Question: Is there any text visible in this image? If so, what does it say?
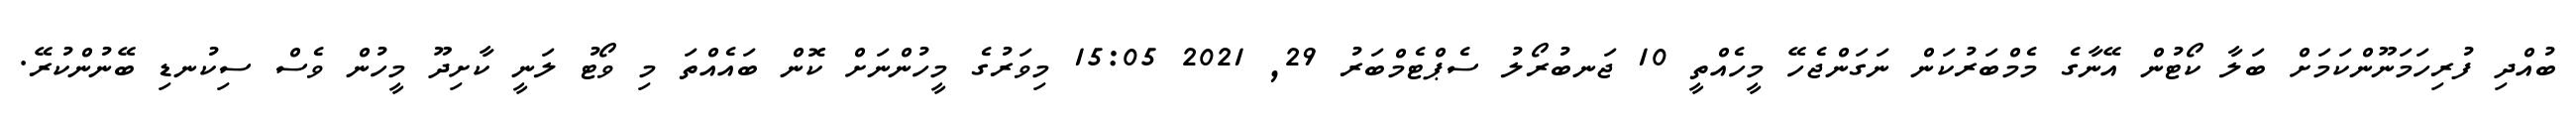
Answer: ބުއްދި ފުރިހަމަނޫންކަމަށް ބަލާ ކޯޓުން އޭނާގެ މެމްބަރުކަން ނަގަންޖެހޭ މީހެއްތީ 10 ޖަނބުރޯލު ސެޕްޓެމްބަރު 29, 2021 15:05 މިވަރުގެ މީހުންނަށް ކޮން ބައެއްތަ މި ވޯޓު ލަނީ ކާށިދޫ މީހުން ވެސް ސިކުނޑި ބޭނުންކުރޭ.